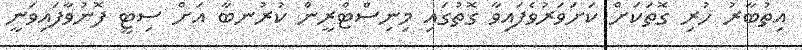
އިތުބާރު ހުރި ގޮތަކަށް ކަށަވަރުވެފައިވާ ގޮތުގައި މިނިސްޓްރީން ކުރުނބާ އަށް ސިޓީ ފޮނުވާފައިވަނީ